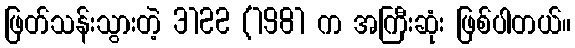
ဖြတ်သန်းသွားတဲ့ 3122 (1981 က အကြီးဆုံး ဖြစ်ပါတယ်။